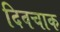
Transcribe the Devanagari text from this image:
दिवचाक